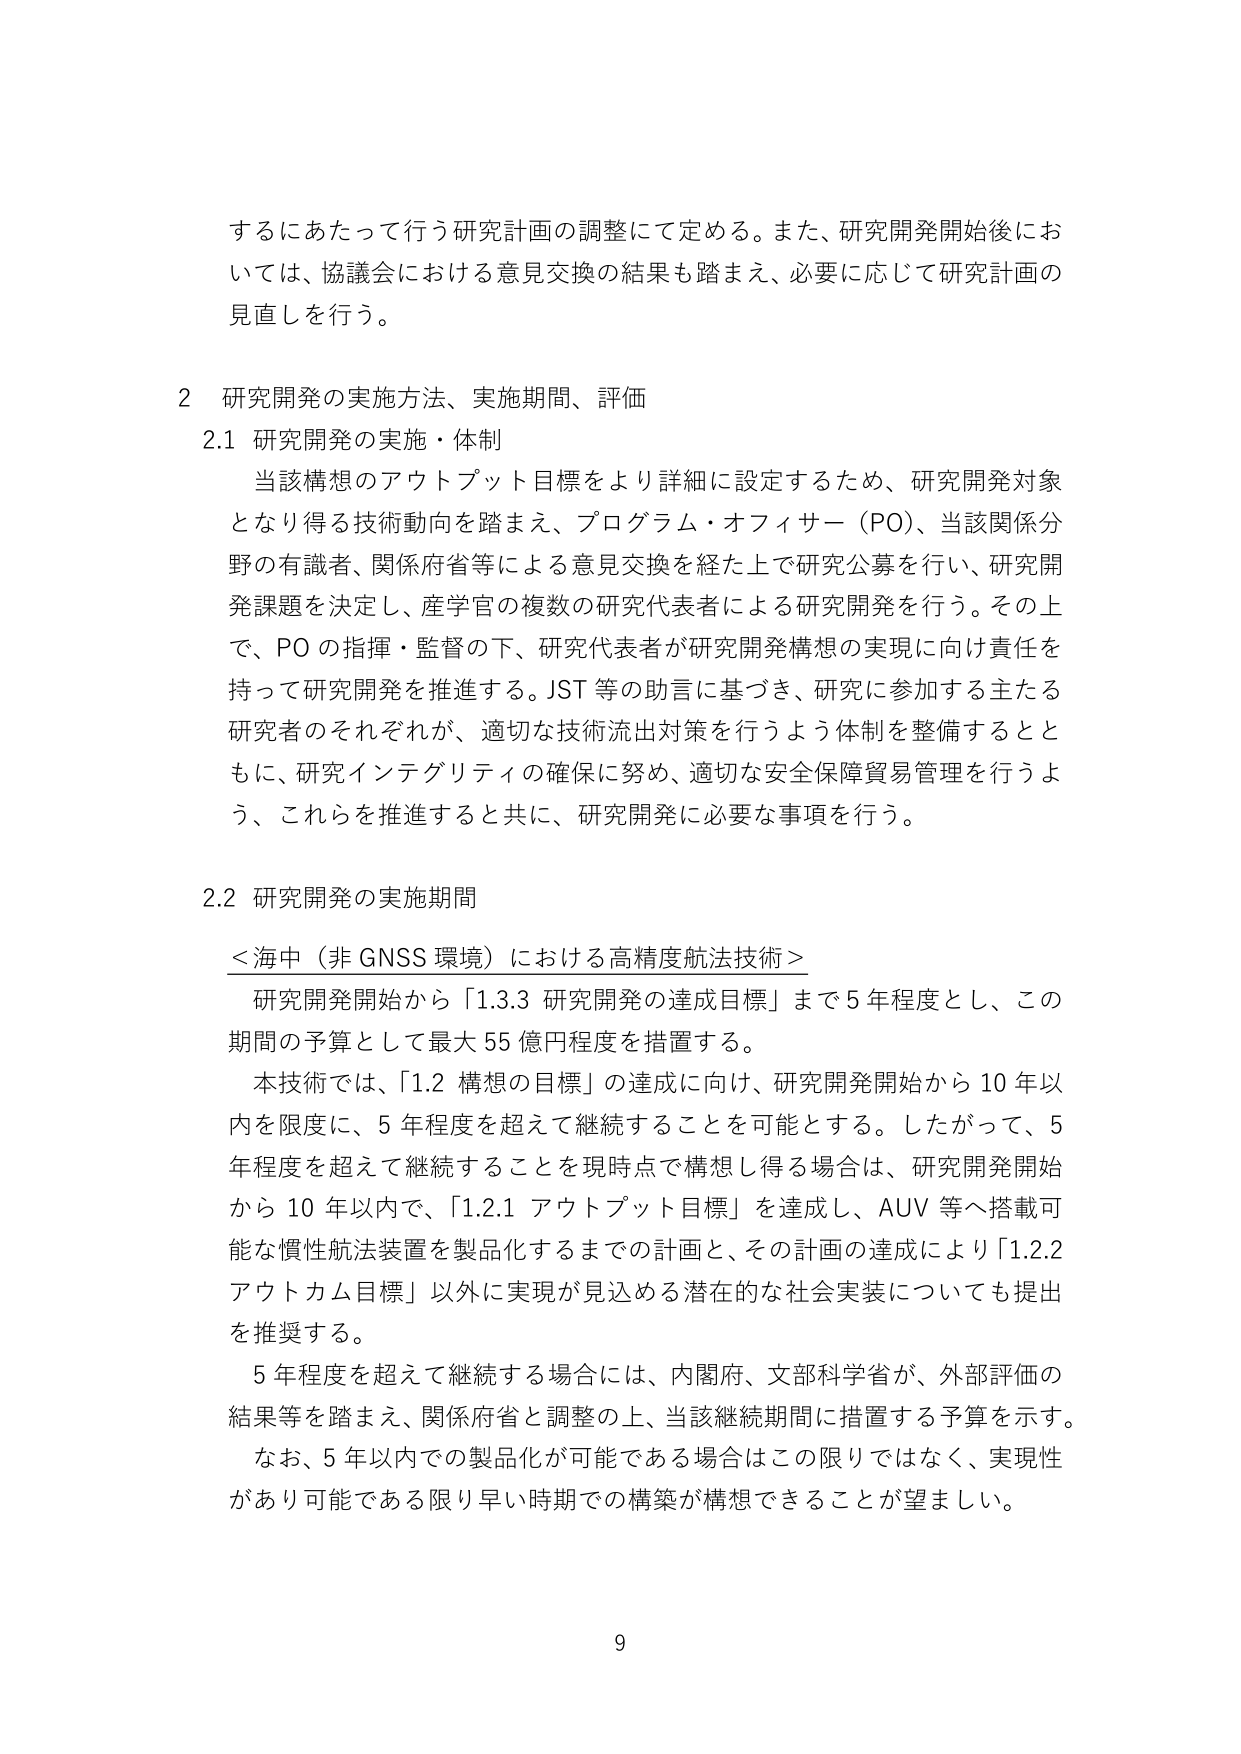
するにあたって行う研究計画の調整にて定める。また、研究開発開始後においては、協議会における意見交換の結果も踏まえ、必要に応じて研究計画の見直しを行う。

2 研究開発の実施方法、実施期間、評価

2.1 研究開発の実施・体制

当該構想のアウトプット目標をより詳細に設定するため、研究開発対象となり得る技術動向を踏まえ、プログラム・オフィサー（PO）、当該関係分野の有識者、関係府省等による意見交換を経た上で研究公募を行い、研究開発課題を決定し、産学官の複数の研究代表者による研究開発を行う。その上で、PO の指揮・監督の下、研究代表者が研究開発構想の実現に向け責任を持って研究開発を推進する。JST 等の助言に基づき、研究に参加する主たる研究者のそれぞれが、適切な技術流出対策を行うよう体制を整備するとともに、研究インテグリティの確保に努め、適切な安全保障貿易管理を行うよう、これらを推進すると共に、研究開発に必要な事項を行う。

2.2 研究開発の実施期間

＜海中（非 GNSS 環境）における高精度航法技術＞

研究開発開始から「1.3.3 研究開発の達成目標」まで 5 年程度とし、この期間の予算として最大 55 億円程度を措置する。

本技術では、「1.2 構想の目標」の達成に向け、研究開発開始から 10 年以内を限度に、5 年程度を超えて継続することを可能とする。したがって、5 年程度を超えて継続することを現時点で構想し得る場合は、研究開発開始から 10 年以内で、「1.2.1 アウトプット目標」を達成し、AUV 等へ搭載可能な慣性航法装置を製品化するまでの計画と、その計画の達成により「1.2.2 アウトカム目標」以外に実現が見込める潜在的な社会実装についても提出を推奨する。

5 年程度を超えて継続する場合には、内閣府、文部科学省が、外部評価の結果等を踏まえ、関係府省と調整の上、当該継続期間に措置する予算を示す。

なお、5 年以内での製品化が可能である場合はこの限りではなく、実現性があり可能である限り早い時期での構築が構想できることが望ましい。

9